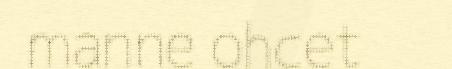
manne ohcet